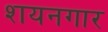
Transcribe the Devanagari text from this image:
शयनगार